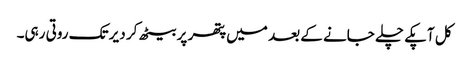
کل آپکے چلے جانے کے بعد میں پتھر پر بیٹھ کر دیر تک روتی رہی۔